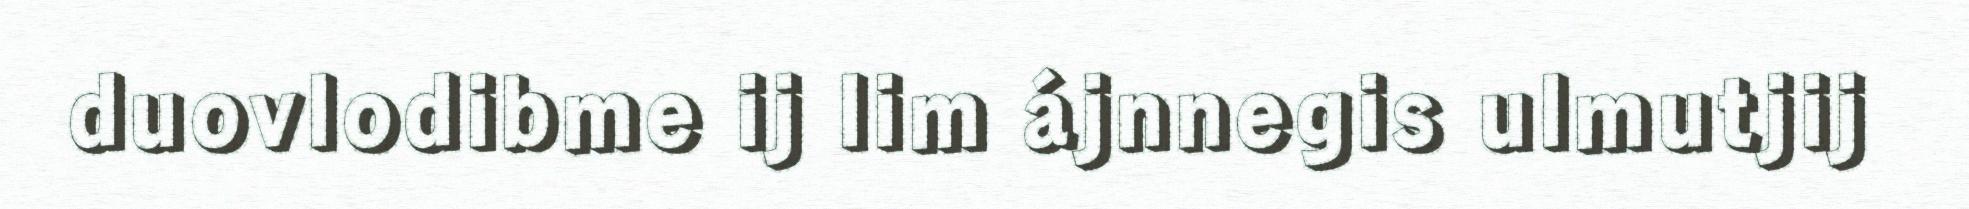
duovlodibme ij lim ájnnegis ulmutjij